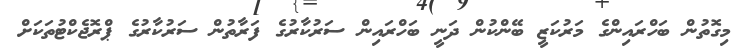
މިގޮތުން ބަހްރައިންގެ މަރުކަޒީ ބޭންކުން ދަނީ ބަހްރައިން ސަރުކާރުގެ ފަރާތުން ސަރުކާރުގެ ޕްރޮޖެކްޓުތަކަށް